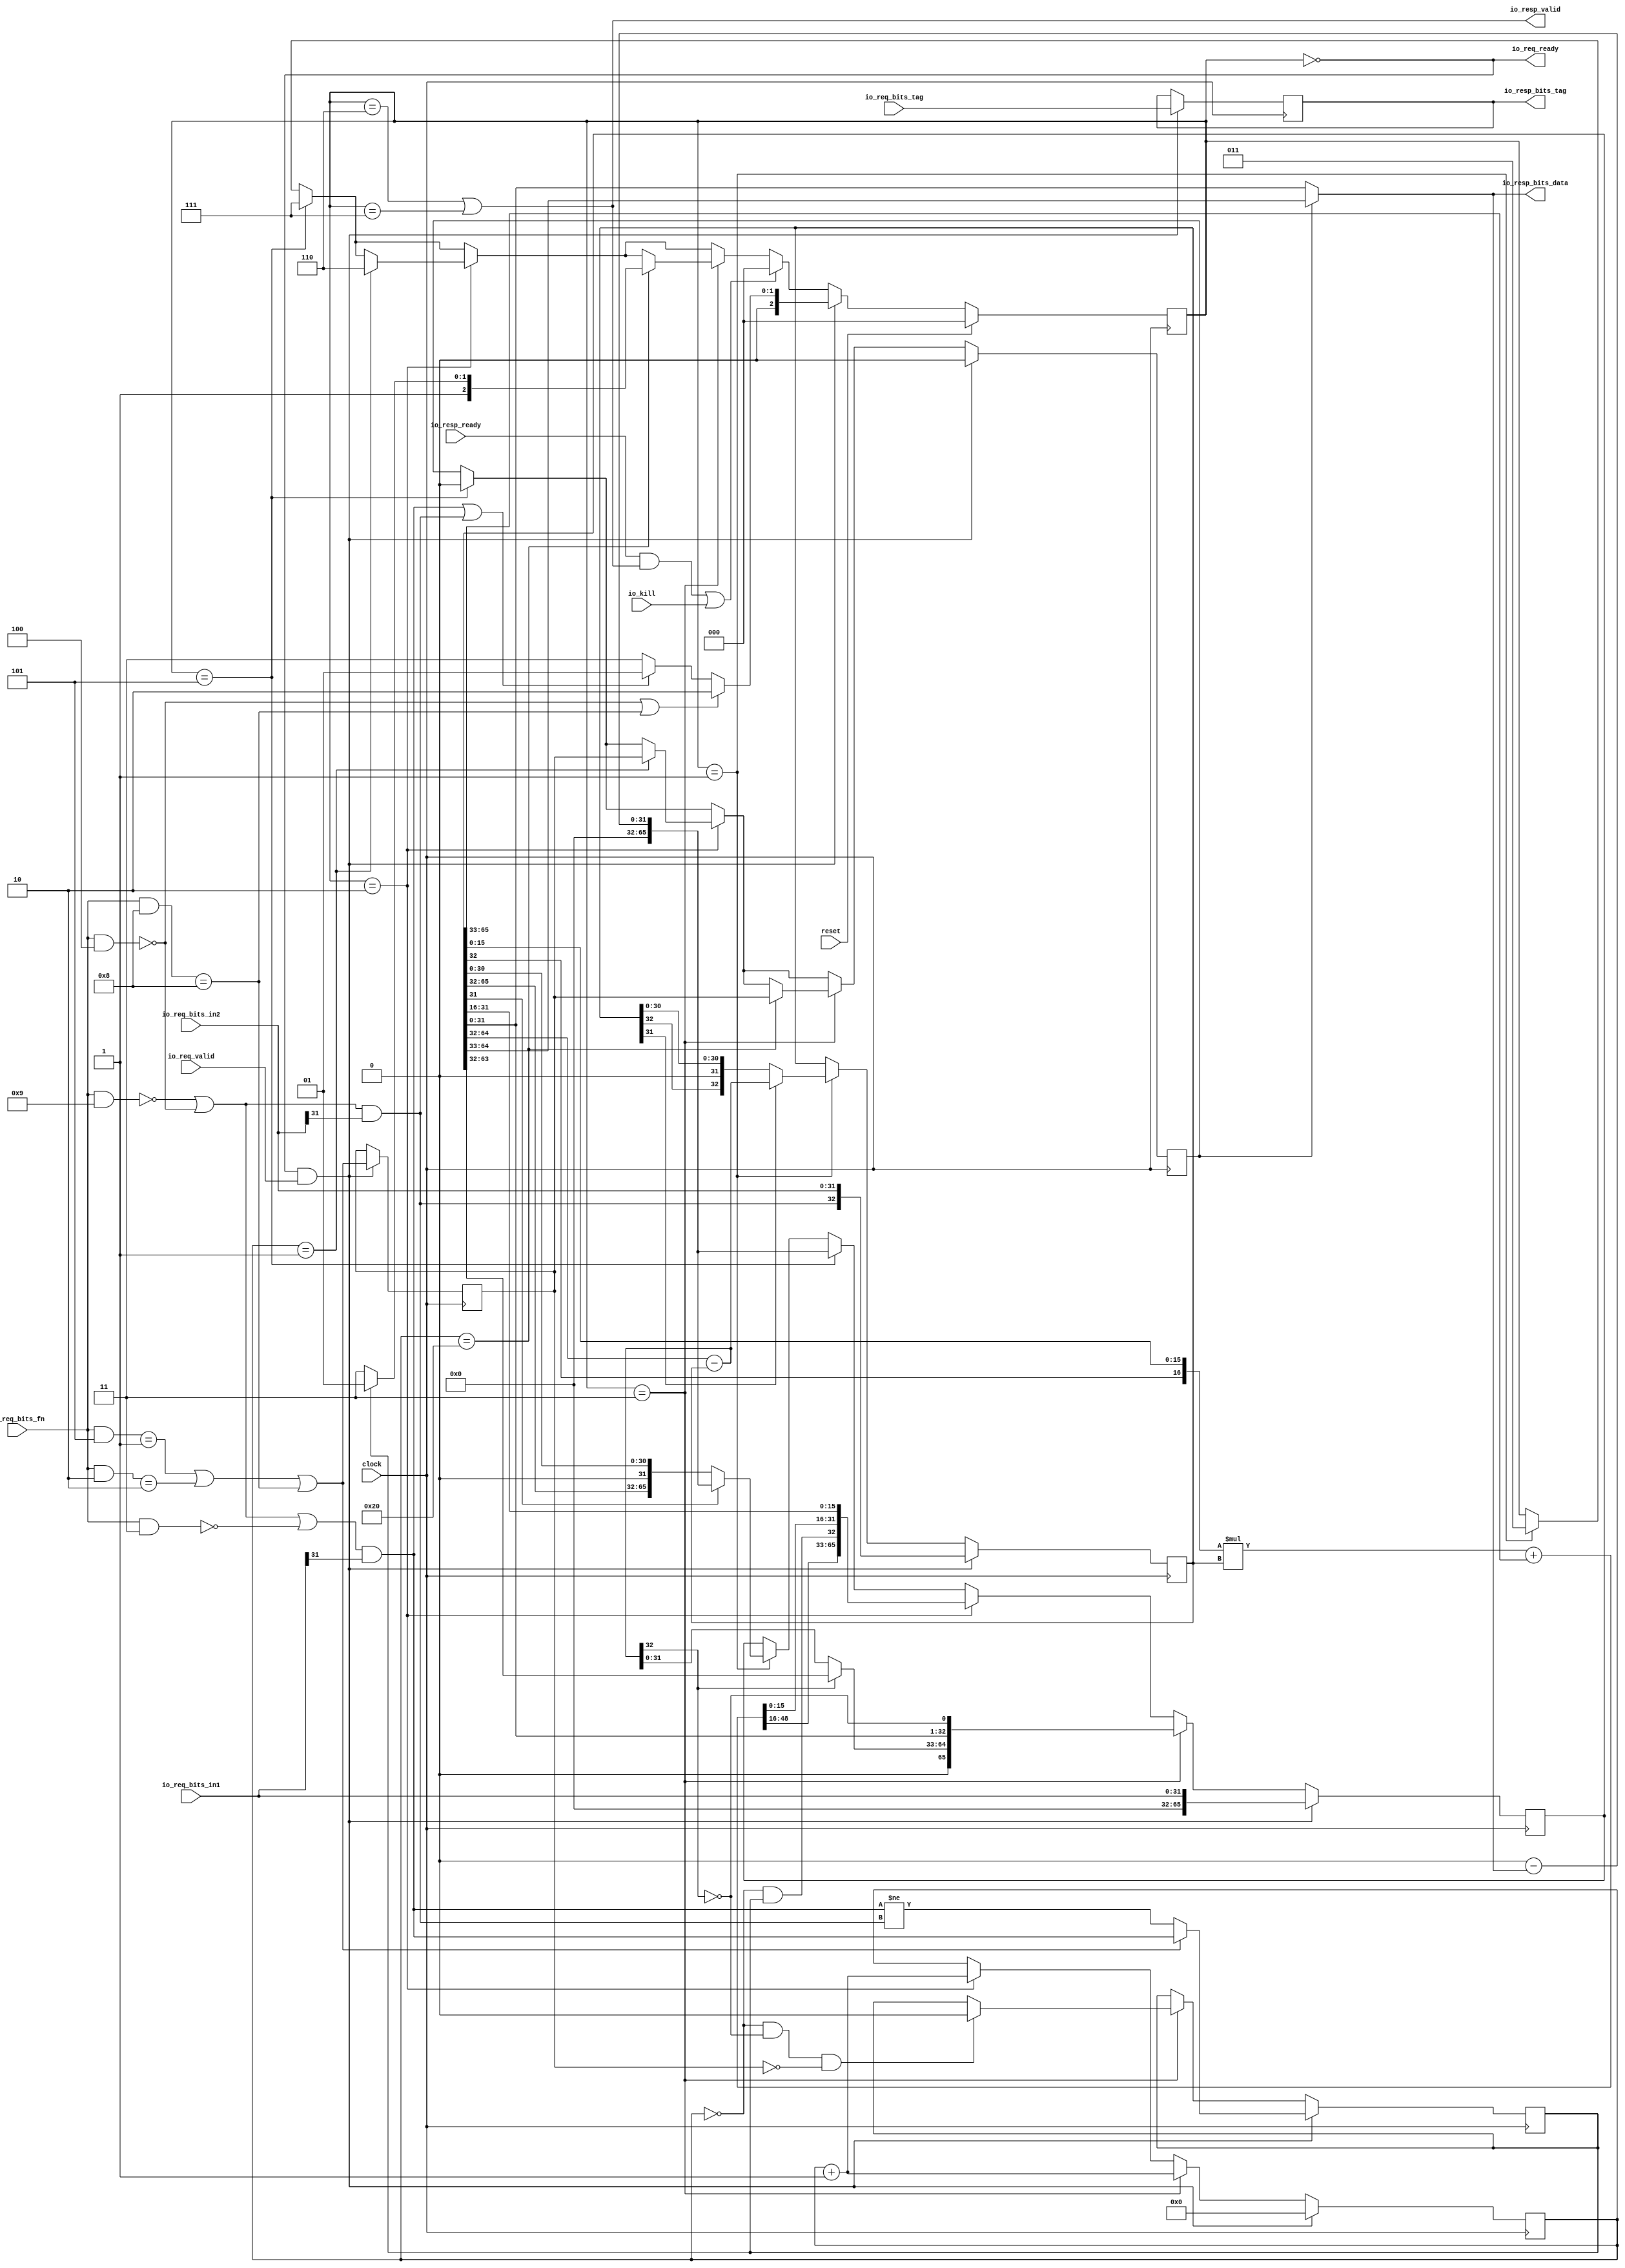
// Copyright (c) 2017, Microsemi Corporation
// All rights reserved.
//
// Redistribution and use in source and binary forms, with or without
// modification, are permitted provided that the following conditions are met:
//     * Redistributions of source code must retain the above copyright
//       notice, this list of conditions and the following disclaimer.
//     * Redistributions in binary form must reproduce the above copyright
//       notice, this list of conditions and the following disclaimer in the
//       documentation and/or other materials provided with the distribution.
//     * Neither the name of the <organization> nor the
//       names of its contributors may be used to endorse or promote products
//       derived from this software without specific prior written permission.
//
// THIS SOFTWARE IS PROVIDED BY THE COPYRIGHT HOLDERS AND CONTRIBUTORS "AS IS" AND
// ANY EXPRESS OR IMPLIED WARRANTIES, INCLUDING, BUT NOT LIMITED TO, THE IMPLIED
// WARRANTIES OF MERCHANTABILITY AND FITNESS FOR A PARTICULAR PURPOSE ARE
// DISCLAIMED. IN NO EVENT SHALL MICROSEMI CORPORATIONM BE LIABLE FOR ANY
// DIRECT, INDIRECT, INCIDENTAL, SPECIAL, EXEMPLARY, OR CONSEQUENTIAL DAMAGES
// (INCLUDING, BUT NOT LIMITED TO, PROCUREMENT OF SUBSTITUTE GOODS OR SERVICES;
// LOSS OF USE, DATA, OR PROFITS; OR BUSINESS INTERRUPTION) HOWEVER CAUSED AND
// ON ANY THEORY OF LIABILITY, WHETHER IN CONTRACT, STRICT LIABILITY, OR TORT
// (INCLUDING NEGLIGENCE OR OTHERWISE) ARISING IN ANY WAY OUT OF THE USE OF THIS
// SOFTWARE, EVEN IF ADVISED OF THE POSSIBILITY OF SUCH DAMAGE.
//
// APACHE LICENSE
// Copyright (c) 2017, Microsemi Corporation 
//
// Licensed under the Apache License, Version 2.0 (the "License");
// you may not use this file except in compliance with the License.
// You may obtain a copy of the License at
//
//    http://www.apache.org/licenses/LICENSE-2.0
//
// Unless required by applicable law or agreed to in writing, software
// distributed under the License is distributed on an "AS IS" BASIS,
// WITHOUT WARRANTIES OR CONDITIONS OF ANY KIND, either express or implied.
// See the License for the specific language governing permissions and
// limitations under the License.
//
// Description:
//
// SVN Revision Information:
// SVN $Revision: $
// SVN $Date: $
//
// Resolved SARs
// SAR      Date     Who   Description
//
// Notes:
//
// ****************************************************************************/
`define RANDOMIZE
`timescale 1ns/10ps
module PROC_SUBSYSTEM_MIV_RV32IMA_L1_AHB_0_MIV_RV32IMA_L1_AHB_MUL_DIV(
  input         clock,
  input         reset,
  output        io_req_ready,
  input         io_req_valid,
  input  [3:0]  io_req_bits_fn,
  input  [31:0] io_req_bits_in1,
  input  [31:0] io_req_bits_in2,
  input  [4:0]  io_req_bits_tag,
  input         io_kill,
  input         io_resp_ready,
  output        io_resp_valid,
  output [31:0] io_resp_bits_data,
  output [4:0]  io_resp_bits_tag
);
  reg [2:0] state;
  reg [31:0] _RAND_0;
  reg [4:0] req_tag;
  reg [31:0] _RAND_1;
  reg [5:0] count;
  reg [31:0] _RAND_2;
  reg  neg_out;
  reg [31:0] _RAND_3;
  reg  isHi;
  reg [31:0] _RAND_4;
  reg  resHi;
  reg [31:0] _RAND_5;
  reg [32:0] divisor;
  reg [63:0] _RAND_6;
  reg [65:0] remainder;
  reg [95:0] _RAND_7;
  wire [3:0] _T_32;
  wire  _T_34;
  wire [3:0] _T_36;
  wire  _T_38;
  wire  _T_41;
  wire [3:0] _T_43;
  wire  _T_45;
  wire [3:0] _T_47;
  wire  _T_49;
  wire  _T_52;
  wire  _T_53;
  wire [3:0] _T_55;
  wire  _T_57;
  wire [3:0] _T_59;
  wire  _T_61;
  wire  _T_64;
  wire  _T_65;
  wire  _T_74;
  wire  lhs_sign;
  wire [15:0] _T_80;
  wire [15:0] _T_82;
  wire [31:0] lhs_in;
  wire  _T_88;
  wire  rhs_sign;
  wire [15:0] _T_94;
  wire [15:0] _T_96;
  wire [31:0] rhs_in;
  wire [32:0] _T_97;
  wire [33:0] _T_98;
  wire [33:0] _T_99;
  wire [32:0] subtractor;
  wire [31:0] _T_100;
  wire [31:0] _T_101;
  wire [31:0] result;
  wire [32:0] _T_103;
  wire [32:0] _T_104;
  wire [31:0] negated_remainder;
  wire  _T_105;
  wire  _T_106;
  wire [65:0] _GEN_0;
  wire  _T_107;
  wire [32:0] _GEN_1;
  wire [65:0] _GEN_2;
  wire [32:0] _GEN_3;
  wire [2:0] _GEN_4;
  wire  _T_108;
  wire [65:0] _GEN_5;
  wire [2:0] _GEN_6;
  wire  _GEN_7;
  wire  _T_110;
  wire [32:0] _T_111;
  wire [64:0] _T_113;
  wire  _T_114;
  wire [31:0] _T_115;
  wire [32:0] _T_116;
  wire [32:0] _T_117;
  wire [32:0] _T_118;
  wire [15:0] _T_119;
  wire [16:0] _T_120;
  wire [16:0] _T_121;
  wire [32:0] _GEN_35;
  wire [49:0] _T_122;
  wire [49:0] _GEN_36;
  wire [50:0] _T_123;
  wire [49:0] _T_124;
  wire [49:0] _T_125;
  wire [15:0] _T_126;
  wire [49:0] _T_127;
  wire [65:0] _T_128;
  wire  _T_130;
  wire  _T_131;
  wire  _T_146;
  wire [32:0] _T_161;
  wire [31:0] _T_163;
  wire [64:0] _T_164;
  wire [32:0] _T_165;
  wire [31:0] _T_166;
  wire [33:0] _T_167;
  wire [65:0] _T_168;
  wire [6:0] _T_170;
  wire [5:0] _T_171;
  wire  _T_173;
  wire [2:0] _GEN_8;
  wire  _GEN_9;
  wire [65:0] _GEN_10;
  wire [5:0] _GEN_11;
  wire [2:0] _GEN_12;
  wire  _GEN_13;
  wire  _T_175;
  wire  _T_176;
  wire [31:0] _T_177;
  wire [31:0] _T_178;
  wire [31:0] _T_179;
  wire  _T_182;
  wire [63:0] _T_183;
  wire [64:0] _T_184;
  wire  _T_186;
  wire [2:0] _T_187;
  wire [2:0] _GEN_14;
  wire  _GEN_15;
  wire  _T_196;
  wire  _T_199;
  wire  _GEN_16;
  wire [65:0] _GEN_17;
  wire [2:0] _GEN_18;
  wire  _GEN_19;
  wire [5:0] _GEN_20;
  wire  _GEN_21;
  wire  _T_201;
  wire  _T_202;
  wire [2:0] _GEN_22;
  wire  _T_203;
  wire  _T_204;
  wire [2:0] _T_205;
  wire [2:0] _T_206;
  wire  _T_218;
  wire  _T_219;
  wire [32:0] _T_220;
  wire [2:0] _GEN_23;
  wire  _GEN_24;
  wire  _GEN_25;
  wire [5:0] _GEN_26;
  wire  _GEN_27;
  wire [32:0] _GEN_28;
  wire [65:0] _GEN_29;
  wire [4:0] _GEN_34;
  wire [15:0] _T_232;
  wire [15:0] _T_233;
  wire [31:0] _T_244;
  wire  _T_245;
  wire  _T_246;
  wire  _T_247;
  wire  _T_248;
  assign io_req_ready = _T_248;
  assign io_resp_valid = _T_247;
  assign io_resp_bits_data = _T_244;
  assign io_resp_bits_tag = req_tag;
  assign _T_32 = io_req_bits_fn & 4'h4;
  assign _T_34 = _T_32 == 4'h0;
  assign _T_36 = io_req_bits_fn & 4'h8;
  assign _T_38 = _T_36 == 4'h8;
  assign _T_41 = _T_34 | _T_38;
  assign _T_43 = io_req_bits_fn & 4'h5;
  assign _T_45 = _T_43 == 4'h1;
  assign _T_47 = io_req_bits_fn & 4'h2;
  assign _T_49 = _T_47 == 4'h2;
  assign _T_52 = _T_45 | _T_49;
  assign _T_53 = _T_52 | _T_38;
  assign _T_55 = io_req_bits_fn & 4'h9;
  assign _T_57 = _T_55 == 4'h0;
  assign _T_59 = io_req_bits_fn & 4'h3;
  assign _T_61 = _T_59 == 4'h0;
  assign _T_64 = _T_57 | _T_34;
  assign _T_65 = _T_64 | _T_61;
  assign _T_74 = io_req_bits_in1[31];
  assign lhs_sign = _T_65 & _T_74;
  assign _T_80 = io_req_bits_in1[31:16];
  assign _T_82 = io_req_bits_in1[15:0];
  assign lhs_in = {_T_80,_T_82};
  assign _T_88 = io_req_bits_in2[31];
  assign rhs_sign = _T_64 & _T_88;
  assign _T_94 = io_req_bits_in2[31:16];
  assign _T_96 = io_req_bits_in2[15:0];
  assign rhs_in = {_T_94,_T_96};
  assign _T_97 = remainder[64:32];
  assign _T_98 = _T_97 - divisor;
  assign _T_99 = $unsigned(_T_98);
  assign subtractor = _T_99[32:0];
  assign _T_100 = remainder[64:33];
  assign _T_101 = remainder[31:0];
  assign result = resHi ? _T_100 : _T_101;
  assign _T_103 = 32'h0 - result;
  assign _T_104 = $unsigned(_T_103);
  assign negated_remainder = _T_104[31:0];
  assign _T_105 = state == 3'h1;
  assign _T_106 = remainder[31];
  assign _GEN_0 = _T_106 ? {{34'd0}, negated_remainder} : remainder;
  assign _T_107 = divisor[31];
  assign _GEN_1 = _T_107 ? subtractor : divisor;
  assign _GEN_2 = _T_105 ? _GEN_0 : remainder;
  assign _GEN_3 = _T_105 ? _GEN_1 : divisor;
  assign _GEN_4 = _T_105 ? 3'h3 : state;
  assign _T_108 = state == 3'h5;
  assign _GEN_5 = _T_108 ? {{34'd0}, negated_remainder} : _GEN_2;
  assign _GEN_6 = _T_108 ? 3'h7 : _GEN_4;
  assign _GEN_7 = _T_108 ? 1'h0 : resHi;
  assign _T_110 = state == 3'h2;
  assign _T_111 = remainder[65:33];
  assign _T_113 = {_T_111,_T_101};
  assign _T_114 = remainder[32];
  assign _T_115 = _T_113[31:0];
  assign _T_116 = _T_113[64:32];
  assign _T_117 = $signed(_T_116);
  assign _T_118 = $signed(divisor);
  assign _T_119 = _T_115[15:0];
  assign _T_120 = {_T_114,_T_119};
  assign _T_121 = $signed(_T_120);
  assign _GEN_35 = {{16{_T_121[16]}},_T_121};
  assign _T_122 = $signed(_GEN_35) * $signed(_T_118);
  assign _GEN_36 = {{17{_T_117[32]}},_T_117};
  assign _T_123 = $signed(_T_122) + $signed(_GEN_36);
  assign _T_124 = _T_123[49:0];
  assign _T_125 = $signed(_T_124);
  assign _T_126 = _T_115[31:16];
  assign _T_127 = $unsigned(_T_125);
  assign _T_128 = {_T_127,_T_126};
  assign _T_130 = count == 6'h0;
  assign _T_131 = _T_130 & neg_out;
  assign _T_146 = isHi == 1'h0;
  assign _T_161 = _T_128[64:32];
  assign _T_163 = _T_128[31:0];
  assign _T_164 = {_T_161,_T_163};
  assign _T_165 = _T_164[64:32];
  assign _T_166 = _T_164[31:0];
  assign _T_167 = {_T_165,_T_131};
  assign _T_168 = {_T_167,_T_166};
  assign _T_170 = count + 6'h1;
  assign _T_171 = _T_170[5:0];
  assign _T_173 = count == 6'h1;
  assign _GEN_8 = _T_173 ? 3'h6 : _GEN_6;
  assign _GEN_9 = _T_173 ? isHi : _GEN_7;
  assign _GEN_10 = _T_110 ? _T_168 : _GEN_5;
  assign _GEN_11 = _T_110 ? _T_171 : count;
  assign _GEN_12 = _T_110 ? _GEN_8 : _GEN_6;
  assign _GEN_13 = _T_110 ? _GEN_9 : _GEN_7;
  assign _T_175 = state == 3'h3;
  assign _T_176 = subtractor[32];
  assign _T_177 = remainder[63:32];
  assign _T_178 = subtractor[31:0];
  assign _T_179 = _T_176 ? _T_177 : _T_178;
  assign _T_182 = _T_176 == 1'h0;
  assign _T_183 = {_T_179,_T_101};
  assign _T_184 = {_T_183,_T_182};
  assign _T_186 = count == 6'h20;
  assign _T_187 = neg_out ? 3'h5 : 3'h7;
  assign _GEN_14 = _T_186 ? _T_187 : _GEN_12;
  assign _GEN_15 = _T_186 ? isHi : _GEN_13;
  assign _T_196 = _T_130 & _T_182;
  assign _T_199 = _T_196 & _T_146;
  assign _GEN_16 = _T_199 ? 1'h0 : neg_out;
  assign _GEN_17 = _T_175 ? {{1'd0}, _T_184} : _GEN_10;
  assign _GEN_18 = _T_175 ? _GEN_14 : _GEN_12;
  assign _GEN_19 = _T_175 ? _GEN_15 : _GEN_13;
  assign _GEN_20 = _T_175 ? _T_171 : _GEN_11;
  assign _GEN_21 = _T_175 ? _GEN_16 : neg_out;
  assign _T_201 = io_resp_ready & io_resp_valid;
  assign _T_202 = _T_201 | io_kill;
  assign _GEN_22 = _T_202 ? 3'h0 : _GEN_18;
  assign _T_203 = io_req_ready & io_req_valid;
  assign _T_204 = lhs_sign | rhs_sign;
  assign _T_205 = _T_204 ? 3'h1 : 3'h3;
  assign _T_206 = _T_41 ? 3'h2 : _T_205;
  assign _T_218 = lhs_sign != rhs_sign;
  assign _T_219 = _T_53 ? lhs_sign : _T_218;
  assign _T_220 = {rhs_sign,rhs_in};
  assign _GEN_23 = _T_203 ? _T_206 : _GEN_22;
  assign _GEN_24 = _T_203 ? _T_53 : isHi;
  assign _GEN_25 = _T_203 ? 1'h0 : _GEN_19;
  assign _GEN_26 = _T_203 ? 6'h0 : _GEN_20;
  assign _GEN_27 = _T_203 ? _T_219 : _GEN_21;
  assign _GEN_28 = _T_203 ? _T_220 : _GEN_3;
  assign _GEN_29 = _T_203 ? {{34'd0}, lhs_in} : _GEN_17;
  assign _GEN_34 = _T_203 ? io_req_bits_tag : req_tag;
  assign _T_232 = result[31:16];
  assign _T_233 = result[15:0];
  assign _T_244 = {_T_232,_T_233};
  assign _T_245 = state == 3'h6;
  assign _T_246 = state == 3'h7;
  assign _T_247 = _T_245 | _T_246;
  assign _T_248 = state == 3'h0;
`ifdef RANDOMIZE
  integer initvar;
  initial begin
    `ifndef verilator
      #0.002 begin end
    `endif
  `ifdef RANDOMIZE_REG_INIT
  _RAND_0 = {1{$random}};
  state = _RAND_0[2:0];
  `endif // RANDOMIZE_REG_INIT
  `ifdef RANDOMIZE_REG_INIT
  _RAND_1 = {1{$random}};
  req_tag = _RAND_1[4:0];
  `endif // RANDOMIZE_REG_INIT
  `ifdef RANDOMIZE_REG_INIT
  _RAND_2 = {1{$random}};
  count = _RAND_2[5:0];
  `endif // RANDOMIZE_REG_INIT
  `ifdef RANDOMIZE_REG_INIT
  _RAND_3 = {1{$random}};
  neg_out = _RAND_3[0:0];
  `endif // RANDOMIZE_REG_INIT
  `ifdef RANDOMIZE_REG_INIT
  _RAND_4 = {1{$random}};
  isHi = _RAND_4[0:0];
  `endif // RANDOMIZE_REG_INIT
  `ifdef RANDOMIZE_REG_INIT
  _RAND_5 = {1{$random}};
  resHi = _RAND_5[0:0];
  `endif // RANDOMIZE_REG_INIT
  `ifdef RANDOMIZE_REG_INIT
  _RAND_6 = {2{$random}};
  divisor = _RAND_6[32:0];
  `endif // RANDOMIZE_REG_INIT
  `ifdef RANDOMIZE_REG_INIT
  _RAND_7 = {3{$random}};
  remainder = _RAND_7[65:0];
  `endif // RANDOMIZE_REG_INIT
  end
`endif // RANDOMIZE
  always @(posedge clock) begin
    if (reset) begin
      state <= 3'h0;
    end else begin
      if (_T_203) begin
        if (_T_41) begin
          state <= 3'h2;
        end else begin
          if (_T_204) begin
            state <= 3'h1;
          end else begin
            state <= 3'h3;
          end
        end
      end else begin
        if (_T_202) begin
          state <= 3'h0;
        end else begin
          if (_T_175) begin
            if (_T_186) begin
              if (neg_out) begin
                state <= 3'h5;
              end else begin
                state <= 3'h7;
              end
            end else begin
              if (_T_110) begin
                if (_T_173) begin
                  state <= 3'h6;
                end else begin
                  if (_T_108) begin
                    state <= 3'h7;
                  end else begin
                    if (_T_105) begin
                      state <= 3'h3;
                    end
                  end
                end
              end else begin
                if (_T_108) begin
                  state <= 3'h7;
                end else begin
                  if (_T_105) begin
                    state <= 3'h3;
                  end
                end
              end
            end
          end else begin
            if (_T_110) begin
              if (_T_173) begin
                state <= 3'h6;
              end else begin
                if (_T_108) begin
                  state <= 3'h7;
                end else begin
                  if (_T_105) begin
                    state <= 3'h3;
                  end
                end
              end
            end else begin
              if (_T_108) begin
                state <= 3'h7;
              end else begin
                if (_T_105) begin
                  state <= 3'h3;
                end
              end
            end
          end
        end
      end
    end
    if (_T_203) begin
      req_tag <= io_req_bits_tag;
    end
    if (_T_203) begin
      count <= 6'h0;
    end else begin
      if (_T_175) begin
        count <= _T_171;
      end else begin
        if (_T_110) begin
          count <= _T_171;
        end
      end
    end
    if (_T_203) begin
      if (_T_53) begin
        neg_out <= lhs_sign;
      end else begin
        neg_out <= _T_218;
      end
    end else begin
      if (_T_175) begin
        if (_T_199) begin
          neg_out <= 1'h0;
        end
      end
    end
    if (_T_203) begin
      isHi <= _T_53;
    end
    if (_T_203) begin
      resHi <= 1'h0;
    end else begin
      if (_T_175) begin
        if (_T_186) begin
          resHi <= isHi;
        end else begin
          if (_T_110) begin
            if (_T_173) begin
              resHi <= isHi;
            end else begin
              if (_T_108) begin
                resHi <= 1'h0;
              end
            end
          end else begin
            if (_T_108) begin
              resHi <= 1'h0;
            end
          end
        end
      end else begin
        if (_T_110) begin
          if (_T_173) begin
            resHi <= isHi;
          end else begin
            if (_T_108) begin
              resHi <= 1'h0;
            end
          end
        end else begin
          if (_T_108) begin
            resHi <= 1'h0;
          end
        end
      end
    end
    if (_T_203) begin
      divisor <= _T_220;
    end else begin
      if (_T_105) begin
        if (_T_107) begin
          divisor <= subtractor;
        end
      end
    end
    if (_T_203) begin
      remainder <= {{34'd0}, lhs_in};
    end else begin
      if (_T_175) begin
        remainder <= {{1'd0}, _T_184};
      end else begin
        if (_T_110) begin
          remainder <= _T_168;
        end else begin
          if (_T_108) begin
            remainder <= {{34'd0}, negated_remainder};
          end else begin
            if (_T_105) begin
              if (_T_106) begin
                remainder <= {{34'd0}, negated_remainder};
              end
            end
          end
        end
      end
    end
  end
endmodule